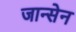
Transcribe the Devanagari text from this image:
जान्सेन